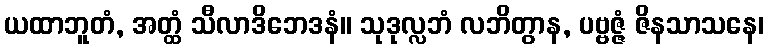
ယထာဘူတံ, အတ္ထံ သီလာဒိဘေဒနံ။ သုဒုလ္လဘံ လဘိတွာန, ပဗ္ဗဇ္ဇံ ဇိနသာသနေ၊